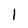
Character: l